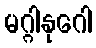
မဂ္ဂါနုဂေါ